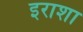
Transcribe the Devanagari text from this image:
इराशा